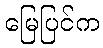
မြေပြင်က